King Institute of Preventive Medicine Bacteriolog. Section reports 1907-08
Year: 1907
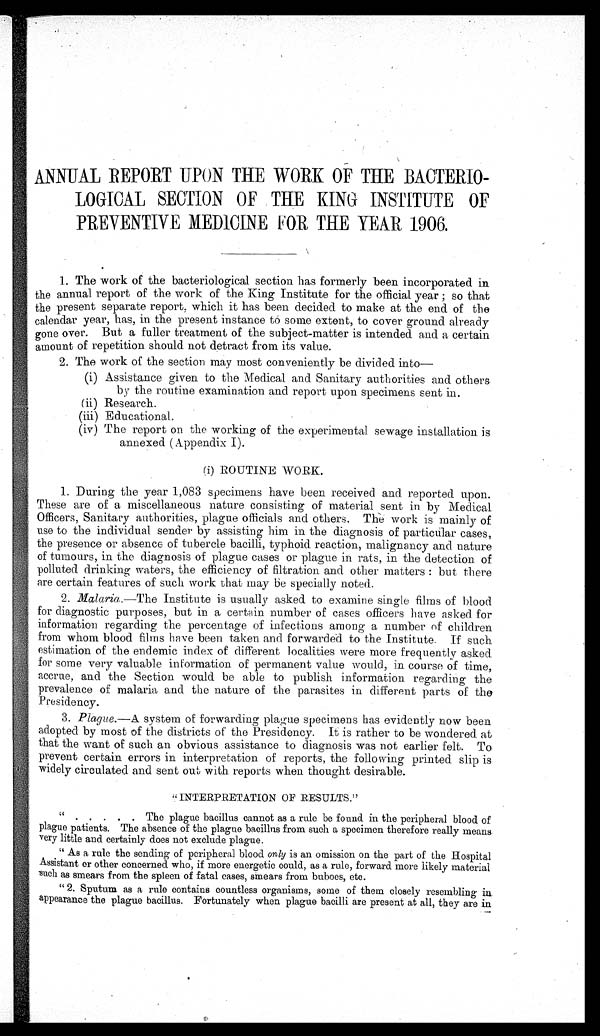
ANNUAL REPORT UPON THE WORK OF THE BACTERIO-
LOGICAL SECTION OF THE KING INSTITUTE OF
PREVENTIVE MEDICINE FOR THE YEAR 1906.
1. The work of the bacteriological section has formerly been incorporated in
the annual report of the work of the King Institute for the official year ; so that
the present separate report, which it has been decided to make at the end of the
calendar year, has, in the present instance to some extent, to cover ground already
gone over. But a fuller treatment of the subject-matter is intended and a certain
amount of repetition should not detract from its value.
2. The work of the section may most conveniently be divided into
—
(i) Assistance given to the Medical and Sanitary authorities and others
by the routine examination and report upon specimens sent in.
(ii) Research.
(iii) Educational.
(iv) The report on the working of the experimental sewage installation is
annexed (Appendix I).
(i) ROUTINE WORK.
1. During the year 1,083 specimens have been received and reported upon.
These are of a miscellaneous nature consisting of material sent in by Medical
Officers, Sanitary authorities, plague officials and others. The work is mainly of
use to the individual sender by assisting him in the diagnosis of particular cases,
the presence or absence of tubercle bacilli, typhoid reaction, malignancy and nature
of tumours, in the diagnosis of plague cases or plague in rats, in the detection of
polluted drinking waters, the efficiency of filtration and other matters : but there
are certain features of such work that may be specially noted.
2. Malaria.—The Institute is usually asked to examine single films of blood
for diagnostic purposes, but in a certain number of cases officers have asked for
information regarding the percentage of infections among a number of children
from whom blood films have been taken and forwarded to the Institute. If such
estimation of the endemic index of different localities were more frequently asked
for some very valuable information of permanent value would, in course of time,
accrue, and the Section would be able to publish information regarding the
prevalence of malaria and the nature of the parasites in different parts of the
Presidency.
3. Plague.—A system of forwarding plague specimens has evidently now been
adopted by most of the districts of the Presidency. It is rather to be wondered at
that the want of such an obvious assistance to diagnosis was not earlier felt. To
prevent certain errors in interpretation of reports, the following printed slip is
widely circulated and sent out with reports when thought desirable.
"INTERPRETATION OF RESULTS."
. . . . . .
The plague bacillus cannot as a rule be found in the peripheral blood of
plague patients. The absence of the plague bacillus from such a specimen therefore really means
very little and certainly does not exclude plague.
"As a rule the sending of peripheral blood only is an omission on the part of the Hospital
Assistant or other concerned who, if more energetic could, as a rule, forward more likely material
such as smears from the spleen of fatal cases, smears from buboes, etc.
"2. Sputum as a rule contains countless organisms, some of them closely resembling in.
a ppearance the plague bacillus. Fortunately when plague bacilli are present at all, they are in